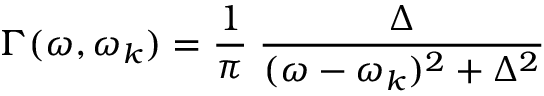
\Gamma ( \omega , \omega _ { k } ) = \frac { 1 } { \pi } \; \frac { \Delta } { ( \omega - \omega _ { k } ) ^ { 2 } + \Delta ^ { 2 } }